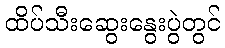
ထိပ်သီးဆွေးနွေးပွဲတွင်